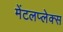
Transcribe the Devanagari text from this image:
मेंटलप्लेक्स